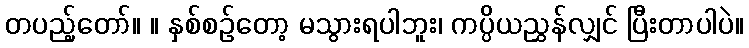
တပည့်တော်။ ။ နှစ်စဉ်တော့ မသွားရပါဘူး၊ ကပ္ပိယညွှန်လျှင် ပြီးတာပါပဲ။